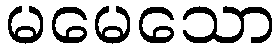
မမေသော